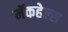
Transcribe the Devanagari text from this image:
मॅकहेल्स